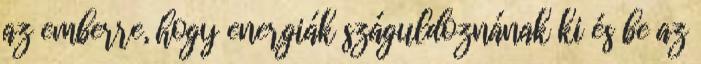
az emberre, hogy energiák száguldoznának ki és be az